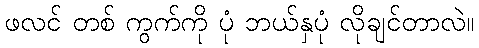
ဖလင် တစ် ကွက်ကို ပုံ ဘယ်နှပုံ လိုချင်တာလဲ။